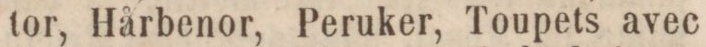
tor, Hårbenor, Peruker, Toupets avec